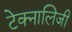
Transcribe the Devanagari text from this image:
टेक्नालिजी